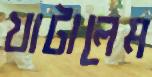
খাটালেম